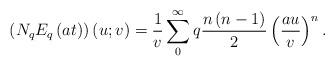
LaTeX: \begin{align*}\left( N_{q}E_{q}\left( at\right) \right) \left( u;v\right) =\frac{1}{v}\sum_{0}^{\infty }q\frac{n\left( n-1\right) }{2}\left( \frac{au}{v}\right)^{n}. \end{align*}